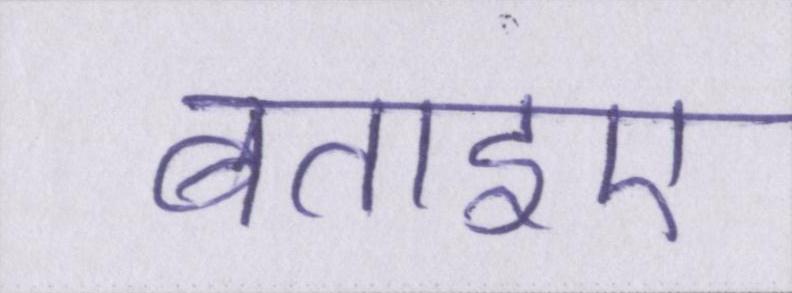
बताइए